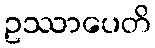
ဥဿာပေတိ